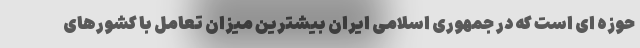
حوزه ای است که در جمهوری اسلامی ایران بیشترین میزان تعامل با کشورهای